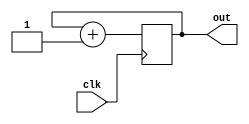
`timescale 1ns / 1ps

// VERSION 1.1

module count(clk, out);
  parameter n = 2;
  input clk;
  output [n-1:0] out;

  reg [n-1:0]q;

   initial begin
      q = 0;
   end

  always @(posedge clk)
     begin
          q = (q==2**n) ? 0 : q+1;
     end
	  assign #(1) out = q;


endmodule

module lc4_we_gen(clk, i1re, i2re, dre, gwe);
    input clk;
    output i1re;
    output i2re;
    output dre;
    output gwe;


	//generate gwe, ire, and dre signals by counting the small clock
   wire [1:0] clk_counter;

   count #(2) global_we_count(.clk( clk ),
                              .out( clk_counter ));

	assign i1re = (clk_counter == 2'd0);
	assign i2re = (clk_counter == 2'd1);
	assign dre = (clk_counter == 2'd2);
	assign gwe = (clk_counter == 2'd3);



endmodule